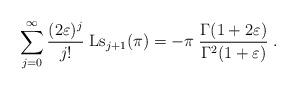
LaTeX: \begin{align*}\sum_{j=0}^{\infty} \frac{(2\varepsilon)^j}{j!}\;\mbox{Ls}_{j+1}(\pi) =-\pi\; \frac{\Gamma(1+2\varepsilon)}{\Gamma^2(1+\varepsilon)} \; .\end{align*}